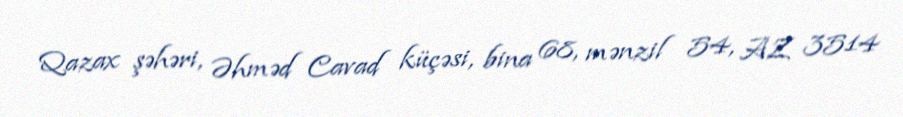
Qazax şəhəri, Əhməd Cavad küçəsi, bina 68, mənzil 54, AZ 3514